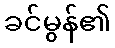
ခင်မွန်၏